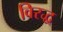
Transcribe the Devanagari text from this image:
विरद्ध